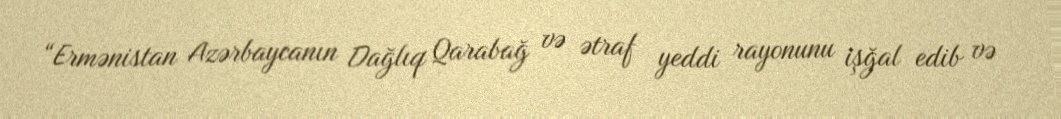
“Ermənistan Azərbaycanın Dağlıq Qarabağ və ətraf yeddi rayonunu işğal edib və